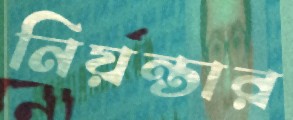
নিয়ন্তার